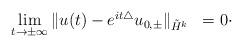
LaTeX: \begin{align*}\begin{array}{ll}\lim \limits_{t \rightarrow \pm \infty} \| u(t) - e^{it \triangle} u_{0,\pm} \|_{\tilde{H}^{k}} & = 0 \cdot\end{array}\end{align*}